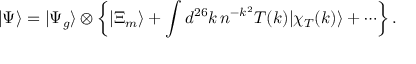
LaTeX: | \Psi \rangle = | \Psi _ { g } \rangle \otimes \left\{ | \Xi _ { m } \rangle + \int d ^ { 2 6 } k \, n ^ { - k ^ { 2 } } T ( k ) | \chi _ { T } ( k ) \rangle + \cdots \right\} .